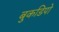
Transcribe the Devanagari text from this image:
बुकडिपो